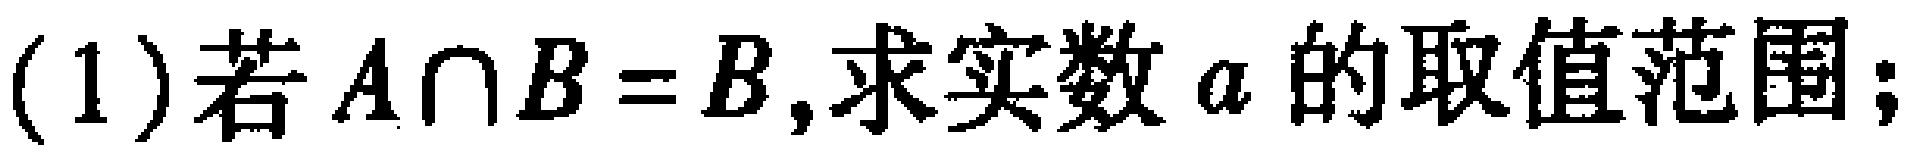
(1)若$A\cap B = B$,求实数$a$的取值范围；